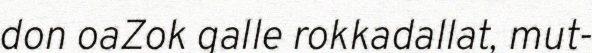
don oaZok galle rokkadallat, mut-